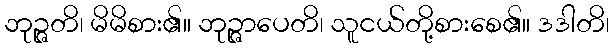
ဘုဉ္ဇတိ၊ မိမိစား၏။ ဘုဉ္ဇာပေတိ၊ သူငယ်တို့စားစေ၏။ ဒဒါတိ၊